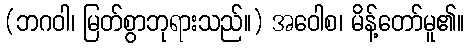
(ဘဂဝါ၊ မြတ်စွာဘုရားသည်။) အဝေါစ၊ မိန့်တော်မူ၏။